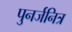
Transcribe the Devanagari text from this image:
पुनर्जनित्र